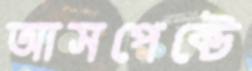
আসপেক্টে